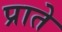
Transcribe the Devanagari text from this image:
प्राते